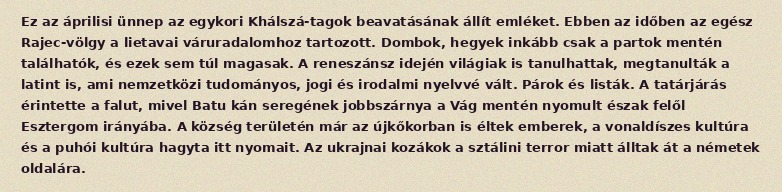
Ez az áprilisi ünnep az egykori Khálszá-tagok beavatásának állít emléket. Ebben az időben az egész Rajec-völgy a lietavai váruradalomhoz tartozott. Dombok, hegyek inkább csak a partok mentén találhatók, és ezek sem túl magasak. A reneszánsz idején világiak is tanulhattak, megtanulták a latint is, ami nemzetközi tudományos, jogi és irodalmi nyelvvé vált. Párok és listák. A tatárjárás érintette a falut, mivel Batu kán seregének jobbszárnya a Vág mentén nyomult észak felől Esztergom irányába. A község területén már az újkőkorban is éltek emberek, a vonaldíszes kultúra és a puhói kultúra hagyta itt nyomait. Az ukrajnai kozákok a sztálini terror miatt álltak át a németek oldalára.